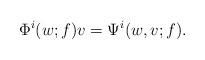
LaTeX: \begin{align*}\Phi^i(w;f) v = \Psi^i(w,v;f) .\end{align*}